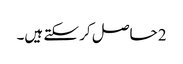
2 حاصل کر سکتے ہیں۔